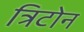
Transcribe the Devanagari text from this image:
त्रिटोन